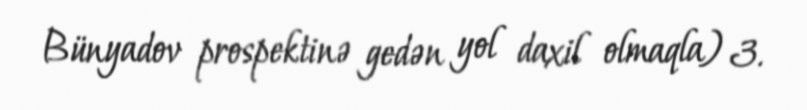
Bünyadov prospektinə gedən yol daxil olmaqla) 3.